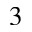
^ 3